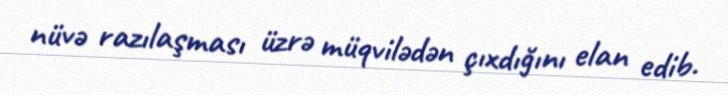
nüvə razılaşması üzrə müqvilədən çıxdığını elan edib.